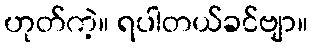
ဟုတ်ကဲ့။ ရပါတယ်ခင်ဗျာ။